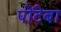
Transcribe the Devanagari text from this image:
पोंटेबा